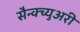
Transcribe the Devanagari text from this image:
सैन्क्च्युअरी